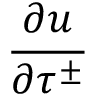
\frac { \partial u } { \partial \tau ^ { \pm } }